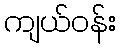
ကျယ်ဝန်း